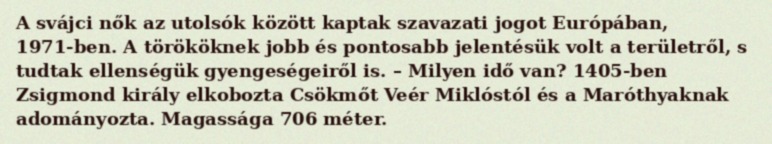
A svájci nők az utolsók között kaptak szavazati jogot Európában, 1971-ben. A törököknek jobb és pontosabb jelentésük volt a területről, s tudtak ellenségük gyengeségeiről is. – Milyen idő van? 1405-ben Zsigmond király elkobozta Csökmőt Veér Miklóstól és a Maróthyaknak adományozta. Magassága 706 méter.